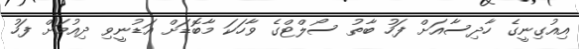
އިއުގިނީގެ ހާދިސާއަށް ފަހު ބާތު ސޯލްޓްގެ ވާހަކަ މާބޮޑަށް އަޑުނީވި ދިއުމަށް ފަހު